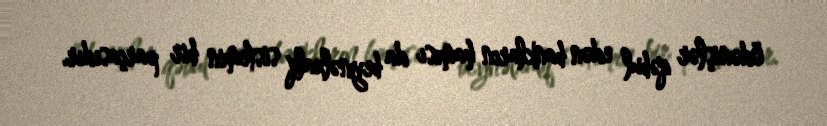
ödənişlər qəbul edən bankların hamısı da beynəlxalq sistemin bir parçasıdır.